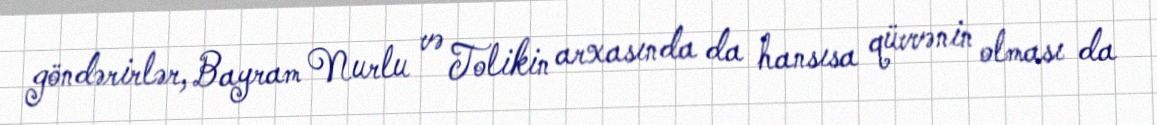
göndərirlər, Bayram Nurlu və Tolikin arxasında da hansısa qüvvənin olması da